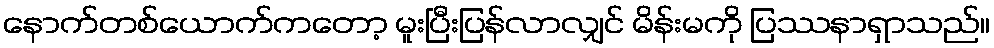
နောက်တစ်ယောက်ကတော့ မူးပြီးပြန်လာလျှင် မိန်းမကို ပြဿနာရှာသည်။